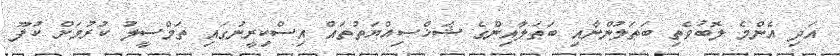
އަދި އެންމެ ލޮބުވެތި ބަޠަލުންނާއި ބަޠަލާއިންގެ ޝަޚްޞިއްޔަތުތައް އިސްކިރީނުގައި ތަމްސީލު ކުރުމަށް ކުފޫ